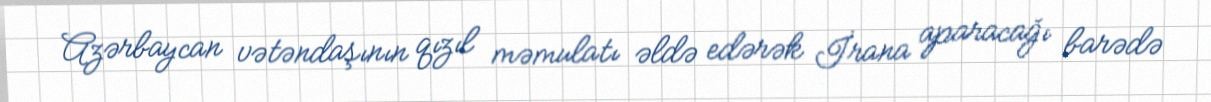
Azərbaycan vətəndaşının qızıl məmulatı əldə edərək İrana aparacağı barədə